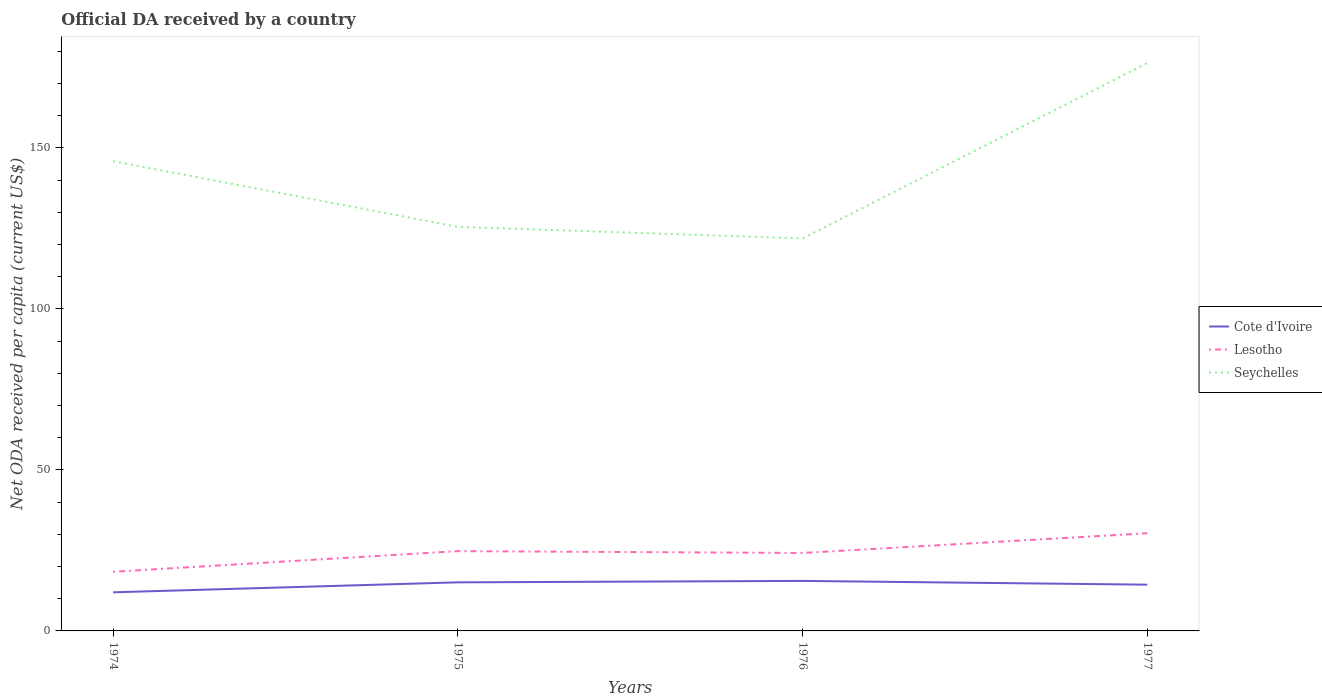
| Years | Cote d'Ivoire | Lesotho | Seychelles |
 | --- | --- | --- | --- |
 | 1974 | 12 | 18.4 | 146 |
 | 1975 | 15.1 | 24.8 | 126 |
 | 1976 | 15.5 | 24.2 | 122 |
 | 1977 | 14.4 | 30.3 | 176 |